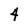
Character: 4